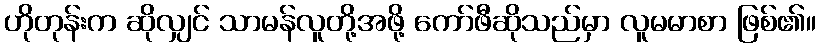
ဟိုတုန်းက ဆိုလျှင် သာမန်လူတို့အဖို့ ကော်ဖီဆိုသည်မှာ လူမမာစာ ဖြစ်၏။